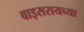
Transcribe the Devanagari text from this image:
वाइसरायच्या